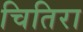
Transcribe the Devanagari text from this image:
चितिरा